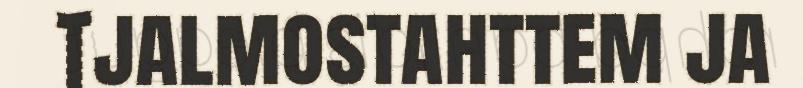
Tjalmostahttem ja